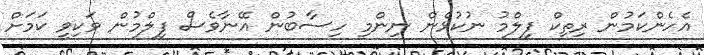
އެހެންކަމުން ރިތިކް ފިލްމު ނުކުޅެން ނިންމި ހިސާބުން އޭނާވެސް ފިލްމުން ވަކިވީ ކަމަށް